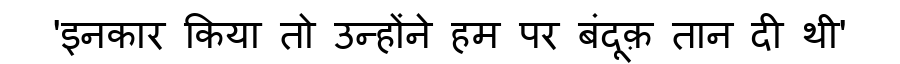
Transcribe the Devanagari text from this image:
'इनकार किया तो उन्होंने हम पर बंदूक़ तान दी थी'